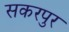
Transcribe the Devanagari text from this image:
सकरपुर